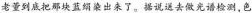
老董到底把那块蓝绢染出来了。据说送去做光谱检测，色